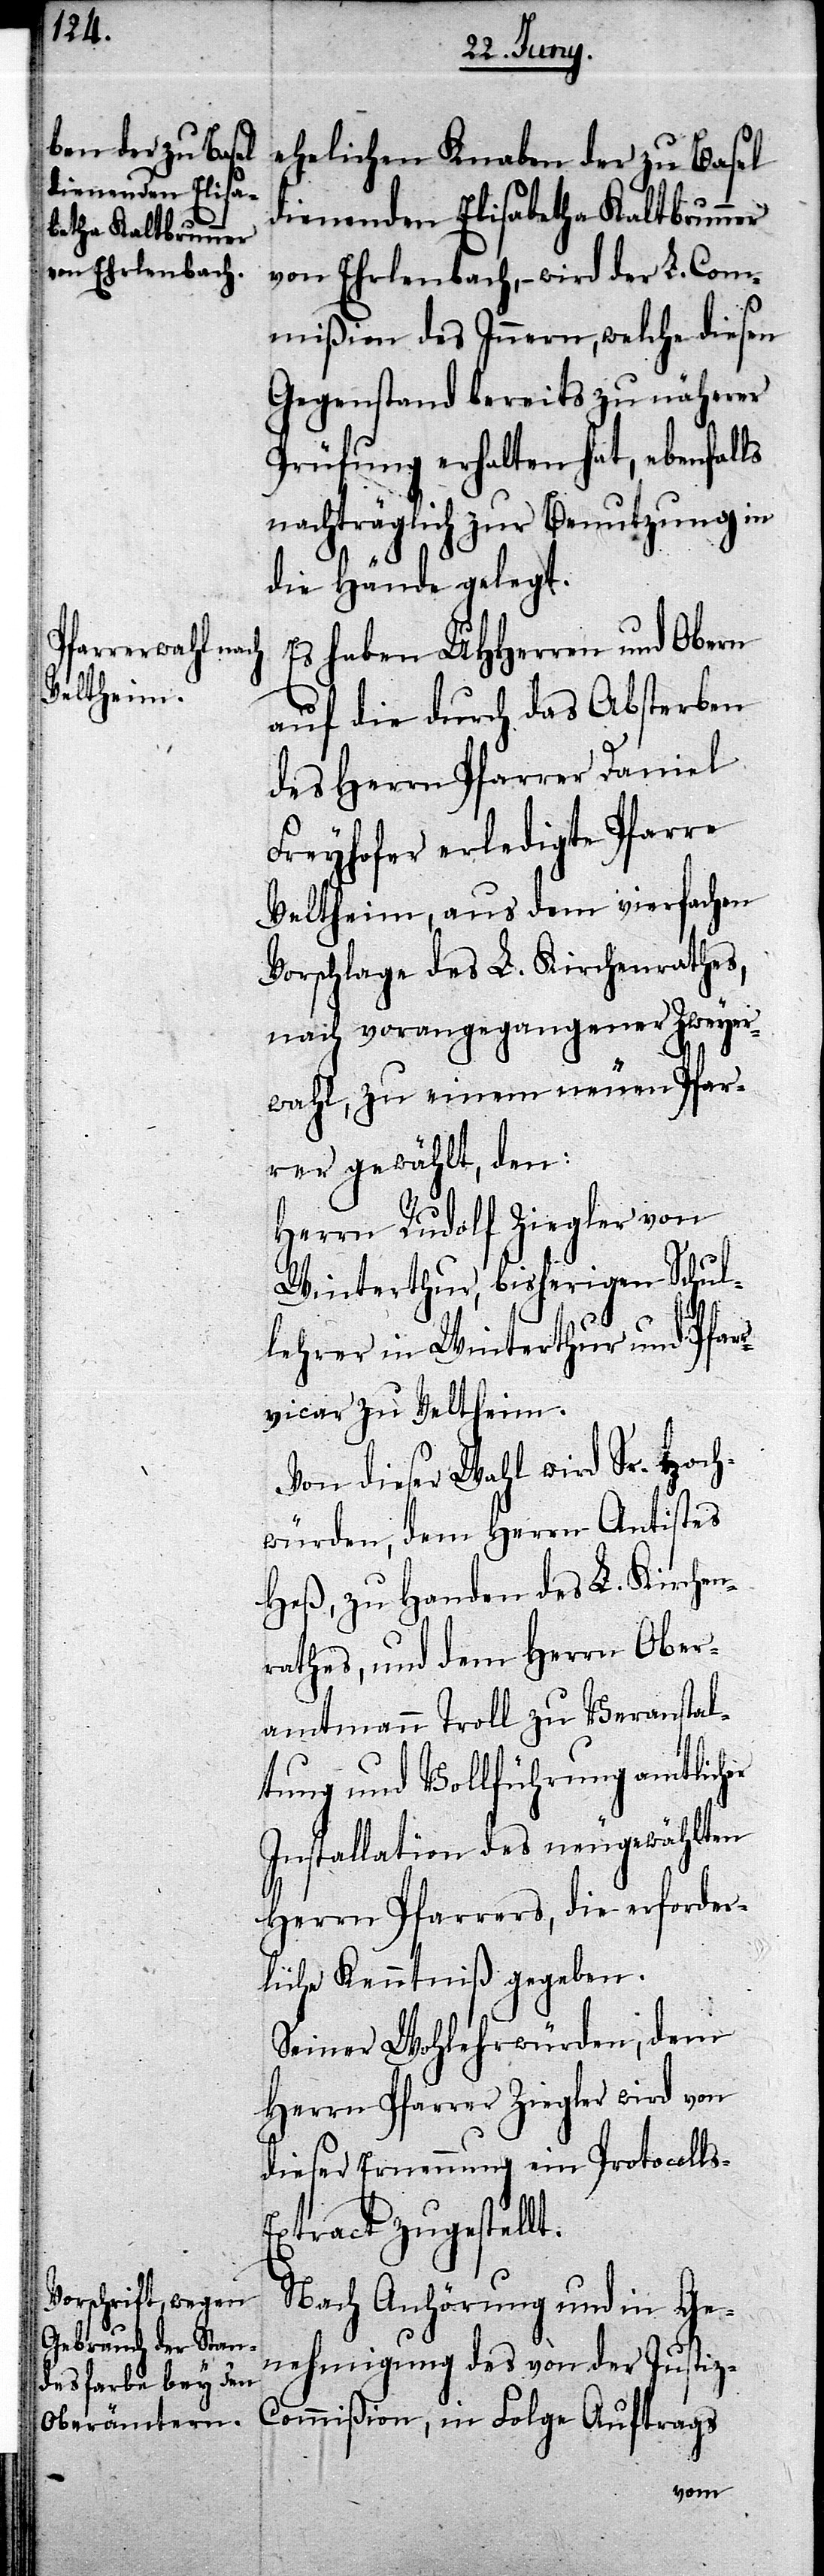
s-E¬
ehelichen Knaben der zu Basel
dienenden Elisabetha Kaltbrunner
von Ehrlenbach, – wird der L. Com¬
mißion des Innern, welche diesen
Gegenstand bereits zu näherer
Prüfung erhalten hat, ebenfalls
nachträglich zur Benutzung in
die Hände gelegt.
Es haben UHHerren und Obern
auf die durch das Absterben
des Herrn Pfarrer Daniel
Freyhofer erledigte Pfarre
Veltheim, aus dem vierfachen
Vorschlage des L. Kirchenrathes,
nach vorangegangener Zweyer¬
wahl, zu einem neuen Pfar¬
rer gewählt, den:
Herrn Rudolf Ziegler von
Winterthur, bisherigen Schul¬
lehrer in Winterthur und Pfar¬
rvicar zu Veltheim.
Von dieser Wahl wird Sr. Hoch¬
würden, dem Herrn Antistes
Heß, zu Handen des L. Kirchen¬
rathes, und dem Herrn Ober¬
amtmann Troll zu Veranstal¬
tung und Vollführung amtlicher
Installation des neugewählten
Herrn Pfarrers, die erforder¬
liche Kenntniß gegeben.
Seiner Wohlehrwürden, dem
Herrn Pfarrer Ziegler wird von
dieser Erenennung ein Protocoll¬
xtract zugestellt.
Nach Anhörung und in Ge¬
nehmigung des von der Justi¬
ßion,